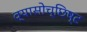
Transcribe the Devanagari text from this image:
व्यासोच्छिष्ट